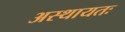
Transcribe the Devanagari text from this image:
अस्थायतः